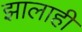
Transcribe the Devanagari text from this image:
झालाही